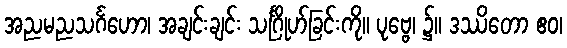
အညမညသင်္ဂဟော၊ အချင်းချင်း သင်္ဂြိုဟ်ခြင်းကို။ ပုဗ္ဗေ၊ ၌။ ဒဿိတော ဧဝ၊